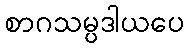
စာဂသမ္ပဒါယပေ